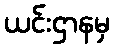
ယင်းဌာနမှ